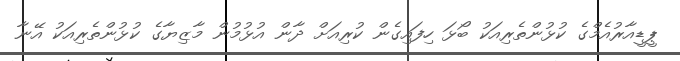
ޕީޑީއާރުއެމްގެ ކުޅުންތެރިއަކު ބޯޅަ ހިފައިގެން ކުރިއަށް ދާން އުޅުމުން މާޒިޔާގެ ކުޅުންތެރިއަކު އޭނާ